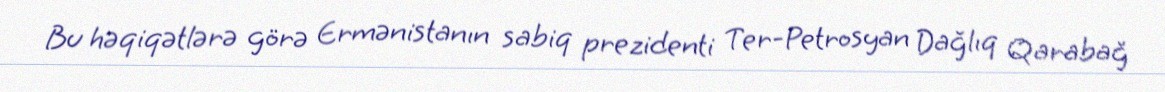
Bu həqiqətlərə görə Ermənistanın sabiq prezidenti Ter-Petrosyan Dağlıq Qarabağ